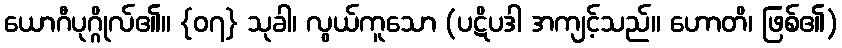
ယောဂီပုဂ္ဂိုလ်၏။ {၀၇} သုခါ၊ လွယ်ကူသော (ပဋိပဒါ အကျင့်သည်။ ဟောတိ၊ ဖြစ်၏)